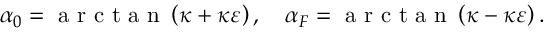
\alpha _ { 0 } = \mathrm { ~ a ~ r ~ c ~ t ~ a ~ n ~ } \left( { \kappa + \kappa \varepsilon } \right) , \quad \alpha _ { F } = \mathrm { ~ a ~ r ~ c ~ t ~ a ~ n ~ } \left( { \kappa - \kappa \varepsilon } \right) .